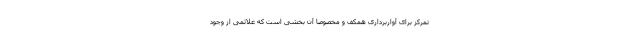
تمرکز برای آواربرداری همکف و مخصوصا آن بخشی است که علائمی از وجود